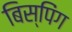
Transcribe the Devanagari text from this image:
बिस्पिंग